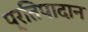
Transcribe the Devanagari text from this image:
प्रतिपादान